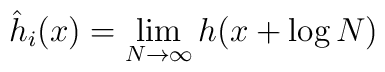
\hat{h}_i(x)=\lim_{N\to\infty} h(x+\log N)